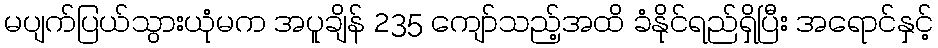
မပျက်ပြယ်သွားယုံမက အပူချိန် 235 ကျော်သည့်အထိ ခံနိုင်ရည်ရှိပြီး အရောင်နှင့်